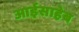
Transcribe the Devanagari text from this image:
आईसाहेब